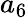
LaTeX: a_{6}